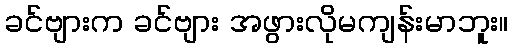
ခင်ဗျားက ခင်ဗျား အဖွားလိုမကျန်းမာဘူး။